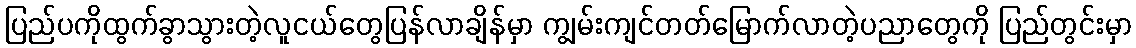
ပြည်ပကိုထွက်ခွာသွားတဲ့လူငယ်တွေပြန်လာချိန်မှာ ကျွမ်းကျင်တတ်မြောက်လာတဲ့ပညာတွေကို ပြည်တွင်းမှာ